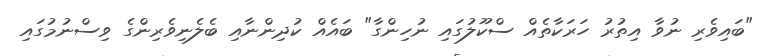
"ބައިވެރި ނުވާ އިތުުރު ހަރަކާތެއް ސްކޫލުގައި ނުހިންގާ" ބައެއް ކުދިންނާއި ބެލެނިވެރިންގެ ވިސްނުމުގައި